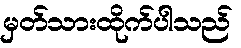
မှတ်သားထိုက်ပါသည်